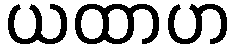
ယထာဟ